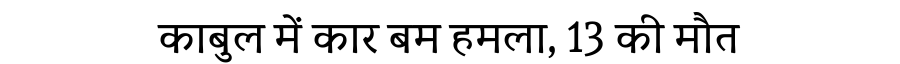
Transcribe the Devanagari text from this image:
काबुल में कार बम हमला, 13 की मौत